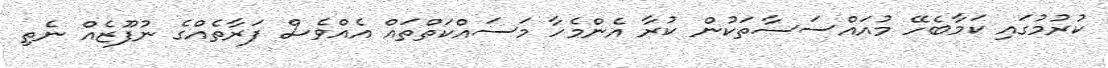
ކުރުމުގައި ކަމާބެހޭ މުއައްސަސާތަކުން ކުރާ އެންމެހާ މަސައްކަތްތައް އެއްވެސް ފަރާތެއްގެ ނުފޫޒެއް ނެތި